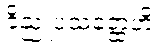
ဝိညူပသတ္ထေဟိ